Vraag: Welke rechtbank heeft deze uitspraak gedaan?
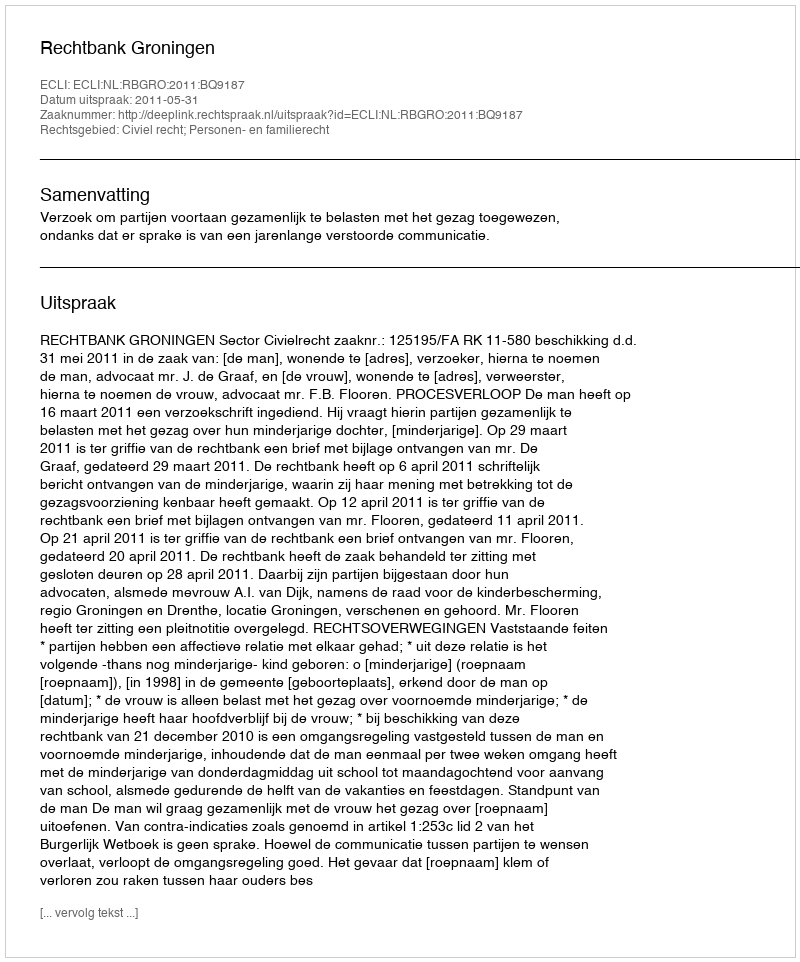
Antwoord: Rechtbank Groningen